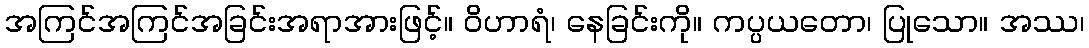
အကြင်အကြင်အခြင်းအရာအားဖြင့်။ ဝိဟာရံ၊ နေခြင်းကို။ ကပ္ပယတော၊ ပြုသော။ အဿ၊